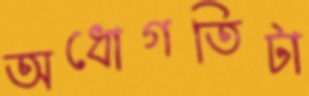
অধোগতিটা